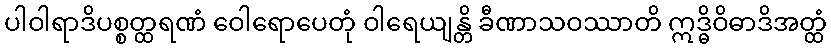
ပါဝါရာဒိပစ္စတ္ထရဏံ ဝေါရောပေတုံ ဝါရေယျန္တိ ခီဏာသဝဿာတိ ဣဒ္ဓိဝိဓာဒိအတ္ထံ